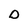
Character: D